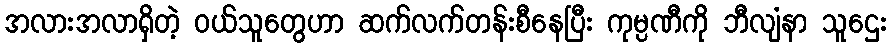
အလားအလာရှိတဲ့ ဝယ်သူတွေဟာ ဆက်လက်တန်းစီနေပြီး ကုမ္ပဏီကို ဘီလျံနာ သူဌေး